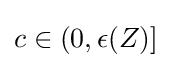
c\in (0,\epsilon (Z)]